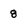
Character: 8